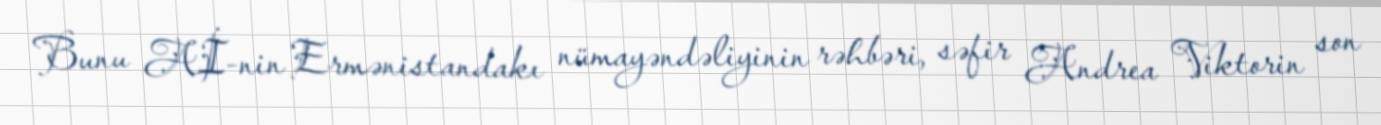
Bunu Aİ-nin Ermənistandakı nümayəndəliyinin rəhbəri, səfir Andrea Viktorin son